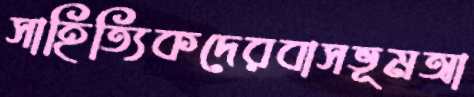
সাহিত্যিকদেরবাসভূমআ